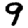
Digit: 9